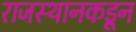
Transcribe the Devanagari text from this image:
राजस्थानकडून